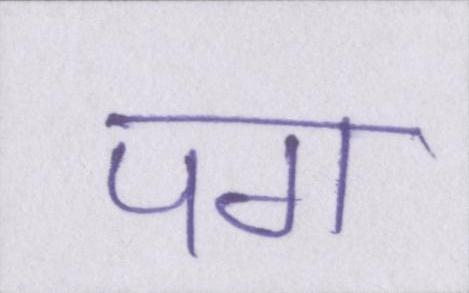
पग